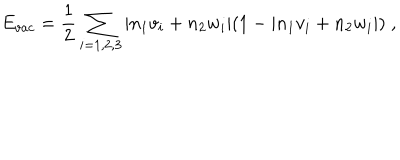
LaTeX: E _ { v a c } = \frac { 1 } { 2 } \sum _ { i = 1 , 2 , 3 } | n _ { 1 } v _ { i } + n _ { 2 } w _ { i } | ( 1 - | n _ { 1 } v _ { i } + n _ { 2 } w _ { i } | ) \; ,